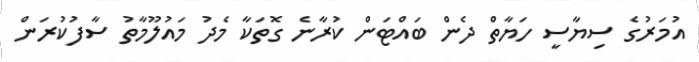
އުމަރުގެ ސިޔާސީ ހަޔާތް ދެން ބައްޓަން ކުރާނެ ގޮތަކާ މެދު މައުލޫމާތު ސާފުކުރަން